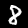
Label: 8